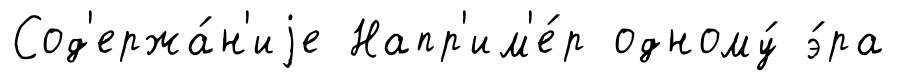
Сод'ержа́н'иjе Напр'им'е́р одному́ э́ра